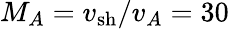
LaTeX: M_{A}=v_{\mathrm{sh}}/v_{A}=30